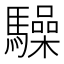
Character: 𮪚